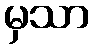
မှသာ